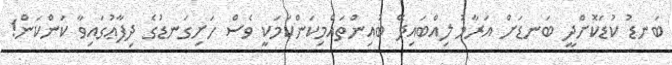
ބަނޑު ކުޑަކޮށްދީ ބަނޑަށް އަރާމު ލިއްބައިދޭ ބުއިންތައްމިކަންކަމަކީ ވެސް ހަށިގަނޑުގެ ދިފާޢުގައިވާ ކަންކަން!